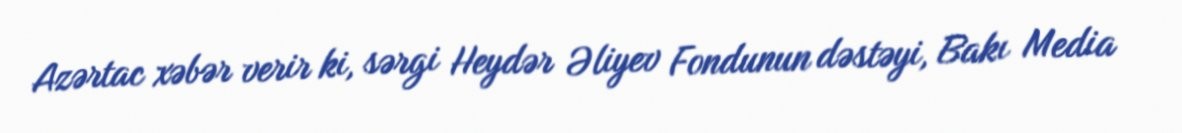
Azərtac xəbər verir ki, sərgi Heydər Əliyev Fondunun dəstəyi, Bakı Media